Annual report of the Punjab Veterinary College and of the Civil Veterinary Department, Punjab - 1926-1932
Year: 1926
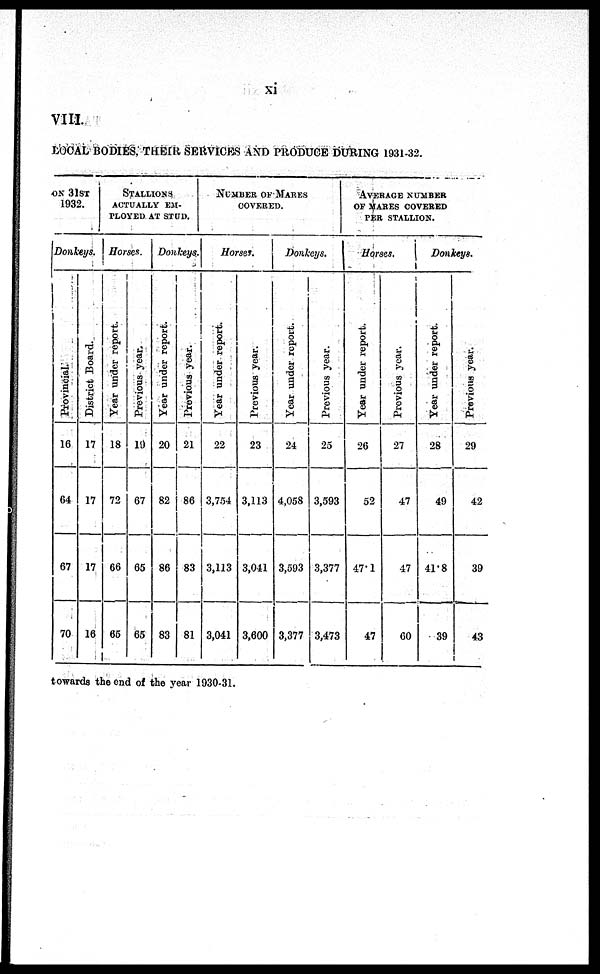
xi
VIII.
LOCAL BODIES, THEIR SERVICES AND PRODUCE DURING 1931-32.
ON 31ST
1932.
Donkeys.
Provincial.
16
64
67
70
District Board.
17
17
17
16
STALLIONS
ACTUALLY EM-
PLOYED AT STUD.
Horses.
Year under report.
18
72
66
65
Previous year.
19
67
65
65
Donkeys.
Year under report.
20
82
86
83
Previous year.
21
86
83
81
NUMBER OF MARES
COVERED.
Horses.
Year under report.
22
3,754
3,113
3,041
Previous year.
23
3,113
3,041
3,600
Donkeys.
Year under report.
24
4,058
3,593
3,377
Previous year.
25
3,593
3,377
3,473
AVERAGE NUMBER
OF MARES COVERED
PER STALLION.
Horses.
Year under report.
26
52
47.1
47
Previous year.
27
47
47
60
Donkeys.
Year under report.
28
49
41.8
39
Previous year.
29
42
39
43
towards the end of the year 1930-31.